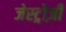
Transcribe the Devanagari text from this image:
जेस्ट्रोज़ी